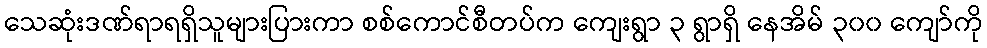
သေဆုံးဒဏ်ရာရရှိသူများပြားကာ စစ်ကောင်စီတပ်က ကျေးရွာ ၃ ရွာရှိ နေအိမ် ၃၀၀ ကျော်ကို